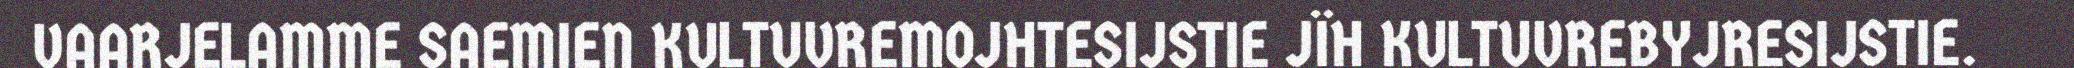
VAARJELAMME SAEMIEN KULTUVREMOJHTESIJSTIE JÏH KULTUVREBYJRESIJSTIE.